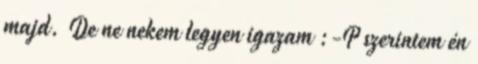
majd. De ne nekem legyen igazam :-P szerintem én